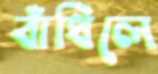
বাঁধিলে